65_HS1-834228961_62-HQ-83894_Section_8
Agency: FBI
Page 68
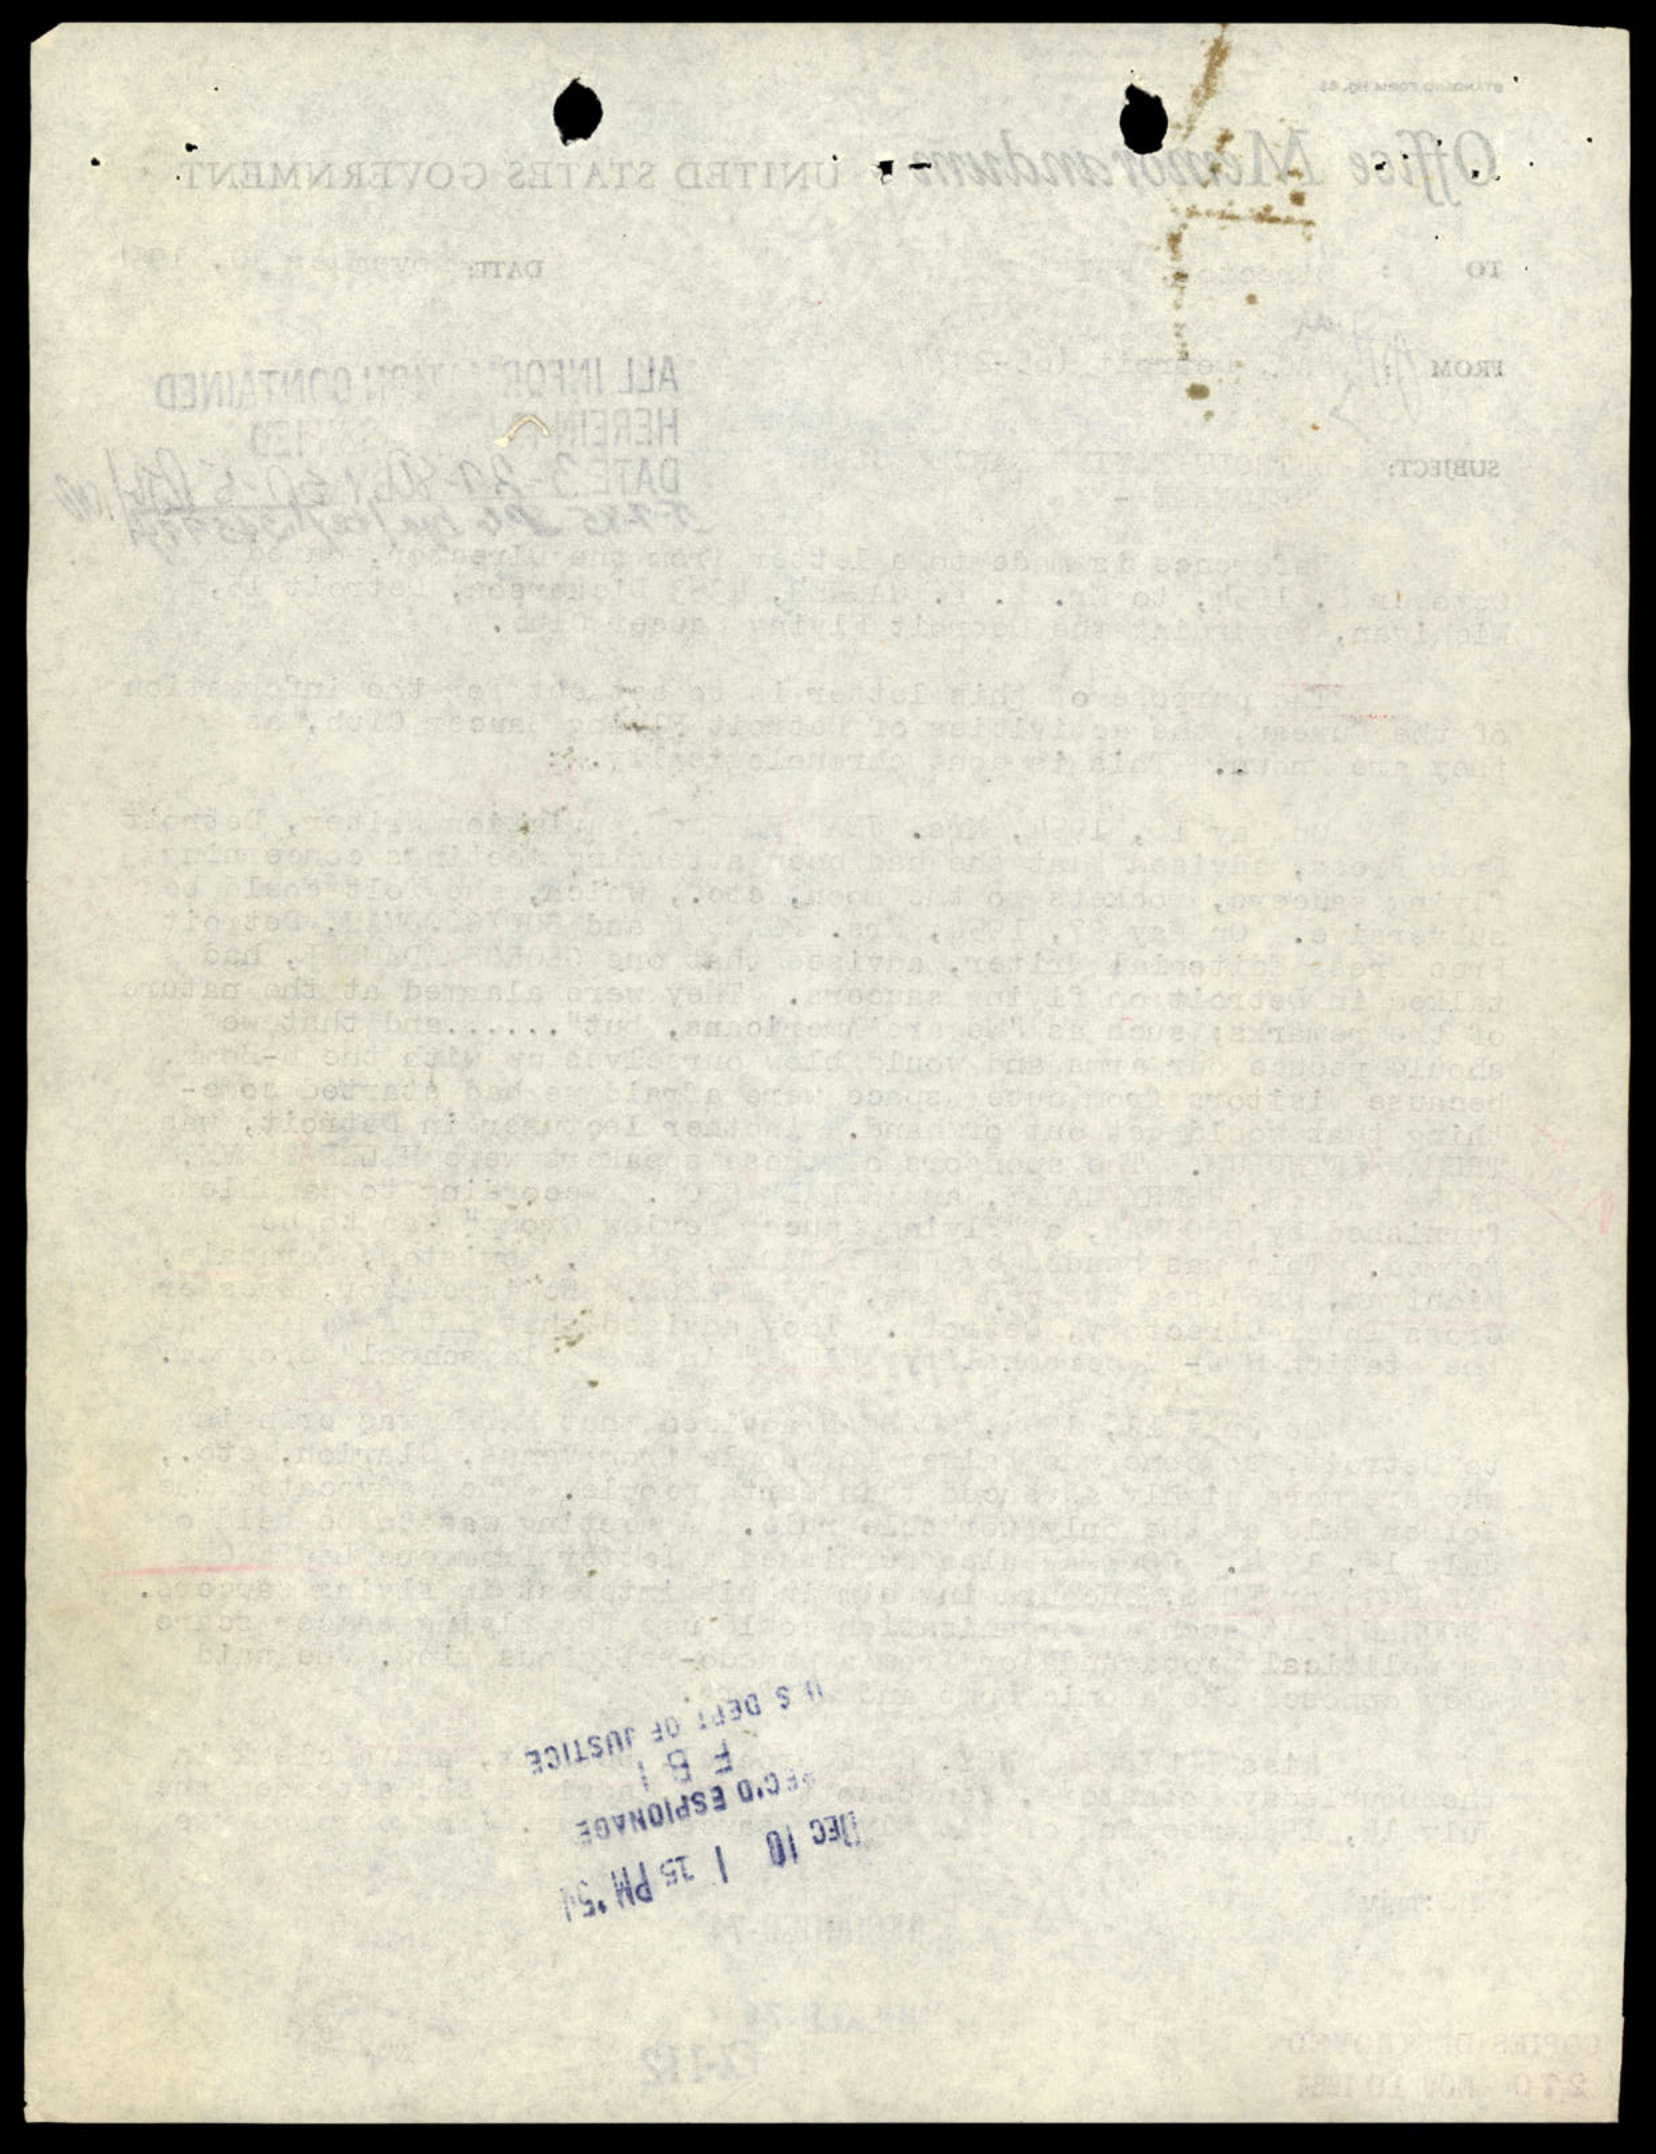